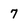
Character: 7